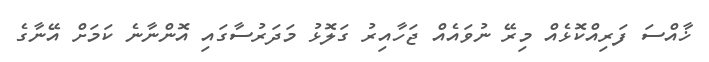
ޚާއްސަ ފަރިއްކޮޅެއް މިރޭ ނުވައެއް ޖަހާއިރު ގަލޮޅު މަދަރުސާގައި އޮންނާނެ ކަމަށް އޭނާގެ